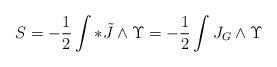
LaTeX: \begin{align*}S= -\frac{1}{2} \int * \tilde{J} \wedge \Upsilon =-\frac{1}{2} \int J_G \wedge \Upsilon\end{align*}